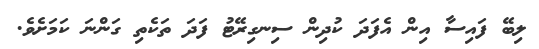
ލިބޭ ފައިސާ އިން އެފަދަ ކުދިން ސިނގިރޭޓު ފަދަ ތަކެތި ގަންނަ ކަމަށެވެ.